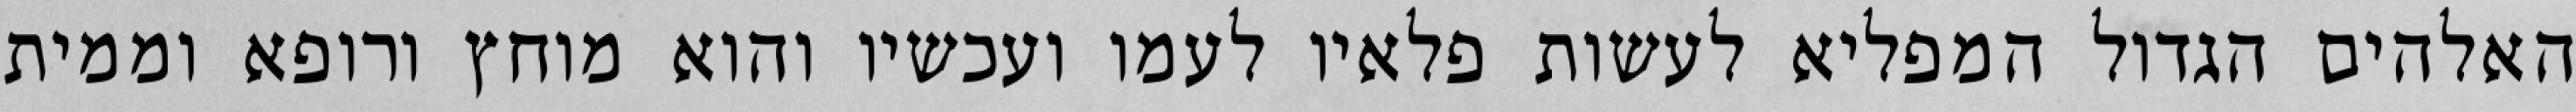
האלהים הגדול המפליא לעשות פלאיו לעמו ועכשיו והוא מוחץ ורופא וממית